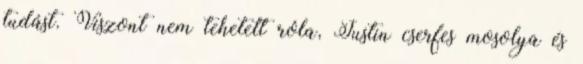
tudást. Viszont nem tehetett róla, Justin cserfes mosolya és